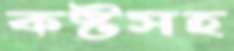
কষ্টসহ